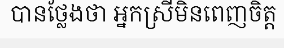
បានថ្លែងថា អ្នកស្រីមិនពេញចិត្ត